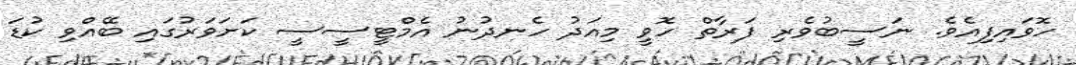
ހޮވައިފިއެވެ. ނަސީބުވެރި ފަރާތް ހޮވީ މިއަދު ހެނދުނު އެމްޓީސީސީ ކަށަވަރުގައި ބޭއްވި ކުޑަ